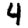
Digit: 4